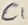
Text: C1